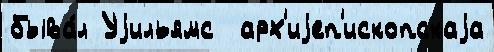
быва́л Уjильямс  арх'иjеп'ископскаjа